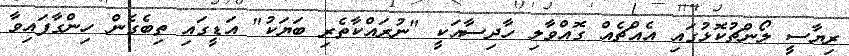
ރިޔާސީ ލޯންޗުކޮޅުގައި އެއްޗެއް ގޮއްވާލި ހާދިސާއަކީ "ނުރައްކާތެރި ބަޔަކު" އަޑީގައި ތިބެގެން ހިންގާފައިވާ